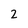
Character: 2